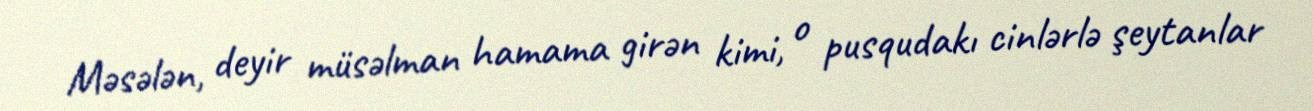
Məsələn, deyir müsəlman hamama girən kimi, o pusqudakı cinlərlə şeytanlar